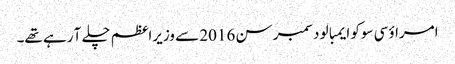
امراؤ سی سوکو ایمبالو دسمبر سن 2016 سے وزیراعظم چلے آ رہے تھے۔